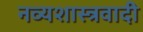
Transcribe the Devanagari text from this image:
नव्यशास्त्रवादी